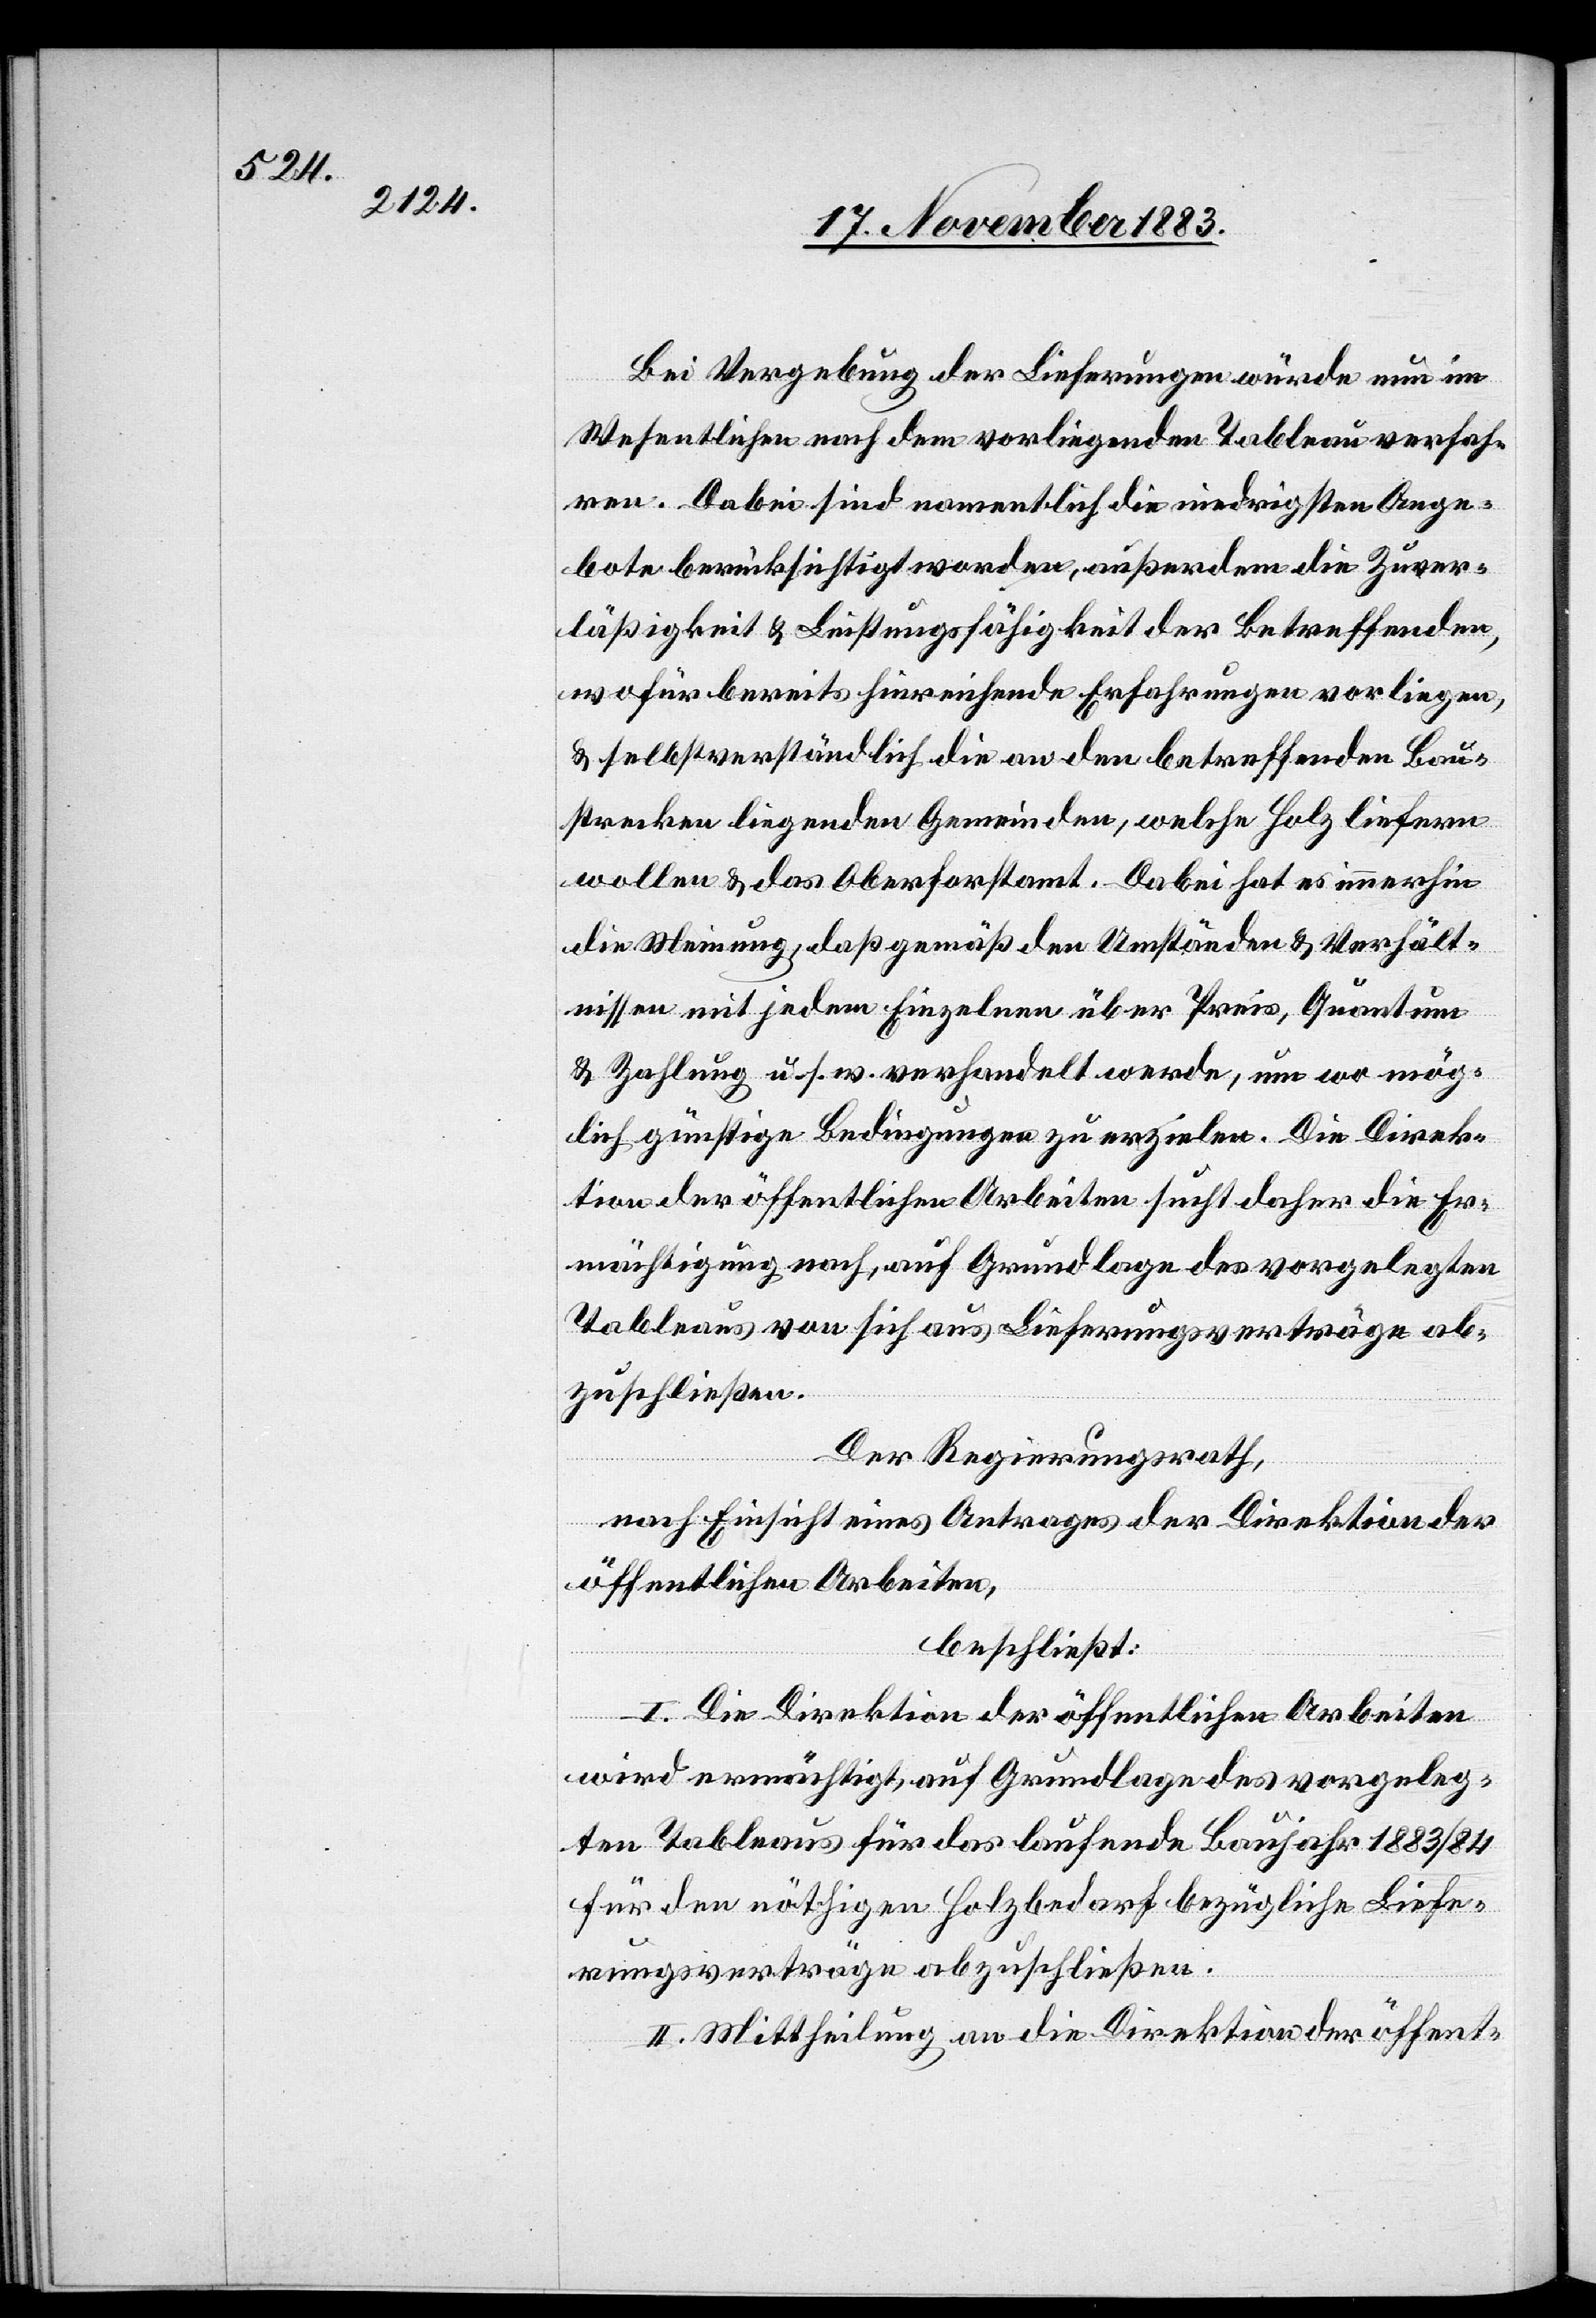
Bei Vergebung der Lieferungen würde nun im
Wesentlichen nach dem vorliegenden Tableau verfah¬
ren. Dabei sind namentlich die niedrigsten Ange¬
bote berücksichtigt worden, außerdem die Zuver¬
läßigkeit & Leistungsfähigkeit der Betreffenden,
wofür bereits hinreichende Erfahrungen vorliegen,
& selbstverständlich die an den betreffenden Bau¬
strecken liegenden Gemeinden, welche Holz liefern
wollen & das Oberforstamt. Dabei hat es immerhin
die Meinung, daß gemäß den Umständen & Verhält¬
nissen mit jedem Einzelnen über Preis, Quantum
& Zahlung u. s. w. verhandelt werde, um wo mög¬
lich günstige Bedingungen zu erzielen. Die Direk¬
tion der öffentlichen Arbeiten sucht daher die Er¬
mächtigung nach, auf Grundlage des vorgelegten
Tableaus von sich aus Lieferungsverträge ab¬
zuschließen.
Der Regierungsrath,
nach Einsicht eines Antrages der Direktion der
öffentlichen Arbeiten,
beschließt:
I. Die Direktion der öffentlichen Arbeiten
wird ermächtigt, auf Grundlage des vorgeleg¬
ten Tableaus für das laufende Baujahr 1883/84
für den nöthigen Holzbedarf bezügliche Liefe¬
rungsverträge abzuschließen.
II. Mittheilung an die Direktion der öffent-